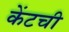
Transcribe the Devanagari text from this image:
केंटची